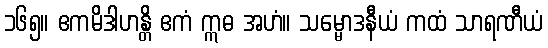
၁၆၅။ ဧကမိဒါဟန္တိ ဧကံ ဣဓ အဟံ။ သမ္မောဒနီယံ ကထံ သာရဏီယံ